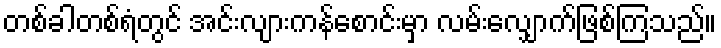
တစ်ခါတစ်ရံတွင် အင်းလျားကန်စောင်းမှာ လမ်းလျှောက်ဖြစ်ကြသည်။